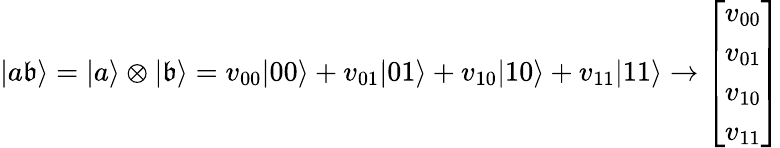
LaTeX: |a\mathfrak{b}\rangle=|a\rangle\otimes|\mathfrak{b}\rangle=v_{00}|00\rangle+v_{01}|01\rangle+v_{10}|10\rangle+v_{11}|11\rangle\rightarrow{\left[\begin{array}{l}{v_{00}}\\ {v_{01}}\\ {v_{10}}\\ {v_{11}}\end{array}\right]}